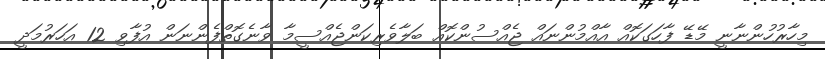
މިހާރުހުންނާނީ މޭޑޭ ފާހަގަކޮއް އާއްމުންނައް ޖެއްސުންކޮއް ބަލާވެރިކަންޖެއްސީމާ ވާނެގޮތްފެންނަން އުފާވި 12 އަހަރުމަދީ